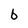
Character: b